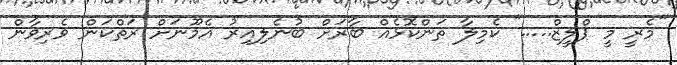
"މެރީ މީ ޕްލީޒް....." ކެމިލާ ތަންކޮޅެއް ބާރަށް ބުނެލިއިރު އެމޫނަށް ރަތްކަން ވެރިވާން